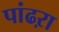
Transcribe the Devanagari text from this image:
पांढऱा